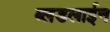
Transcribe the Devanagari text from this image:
ब्लडलाईन